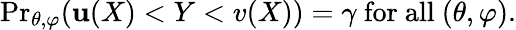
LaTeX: {\operatorname*{Pr}}_{\theta,\varphi}(\mathbf{u}(X)<Y<v(X))=\gamma{\mathrm{{~for~all~}}}(\theta,\varphi).